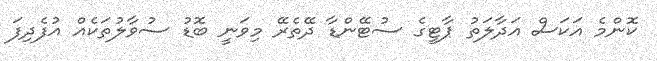
ކޮންމެ އަކަސް އަދާލަތު ޕާޓީގެ ސުޓޭންޑާ ދޭތެރޭ މިވަނީ ބޮޑު ސުވާލުތަކެއް އުފެދިފަ